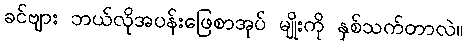
ခင်ဗျား ဘယ်လိုအပန်းဖြေစာအုပ် မျိုးကို နှစ်သက်တာလဲ။